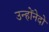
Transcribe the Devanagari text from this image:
उन्होंनेदो